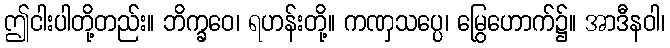
ဤငါးပါတို့တည်း။ ဘိက္ခဝေ၊ ရဟန်းတို့။ ကဏှသပ္ပေ၊ မြွေဟောက်၌။ အာဒီနဝါ၊